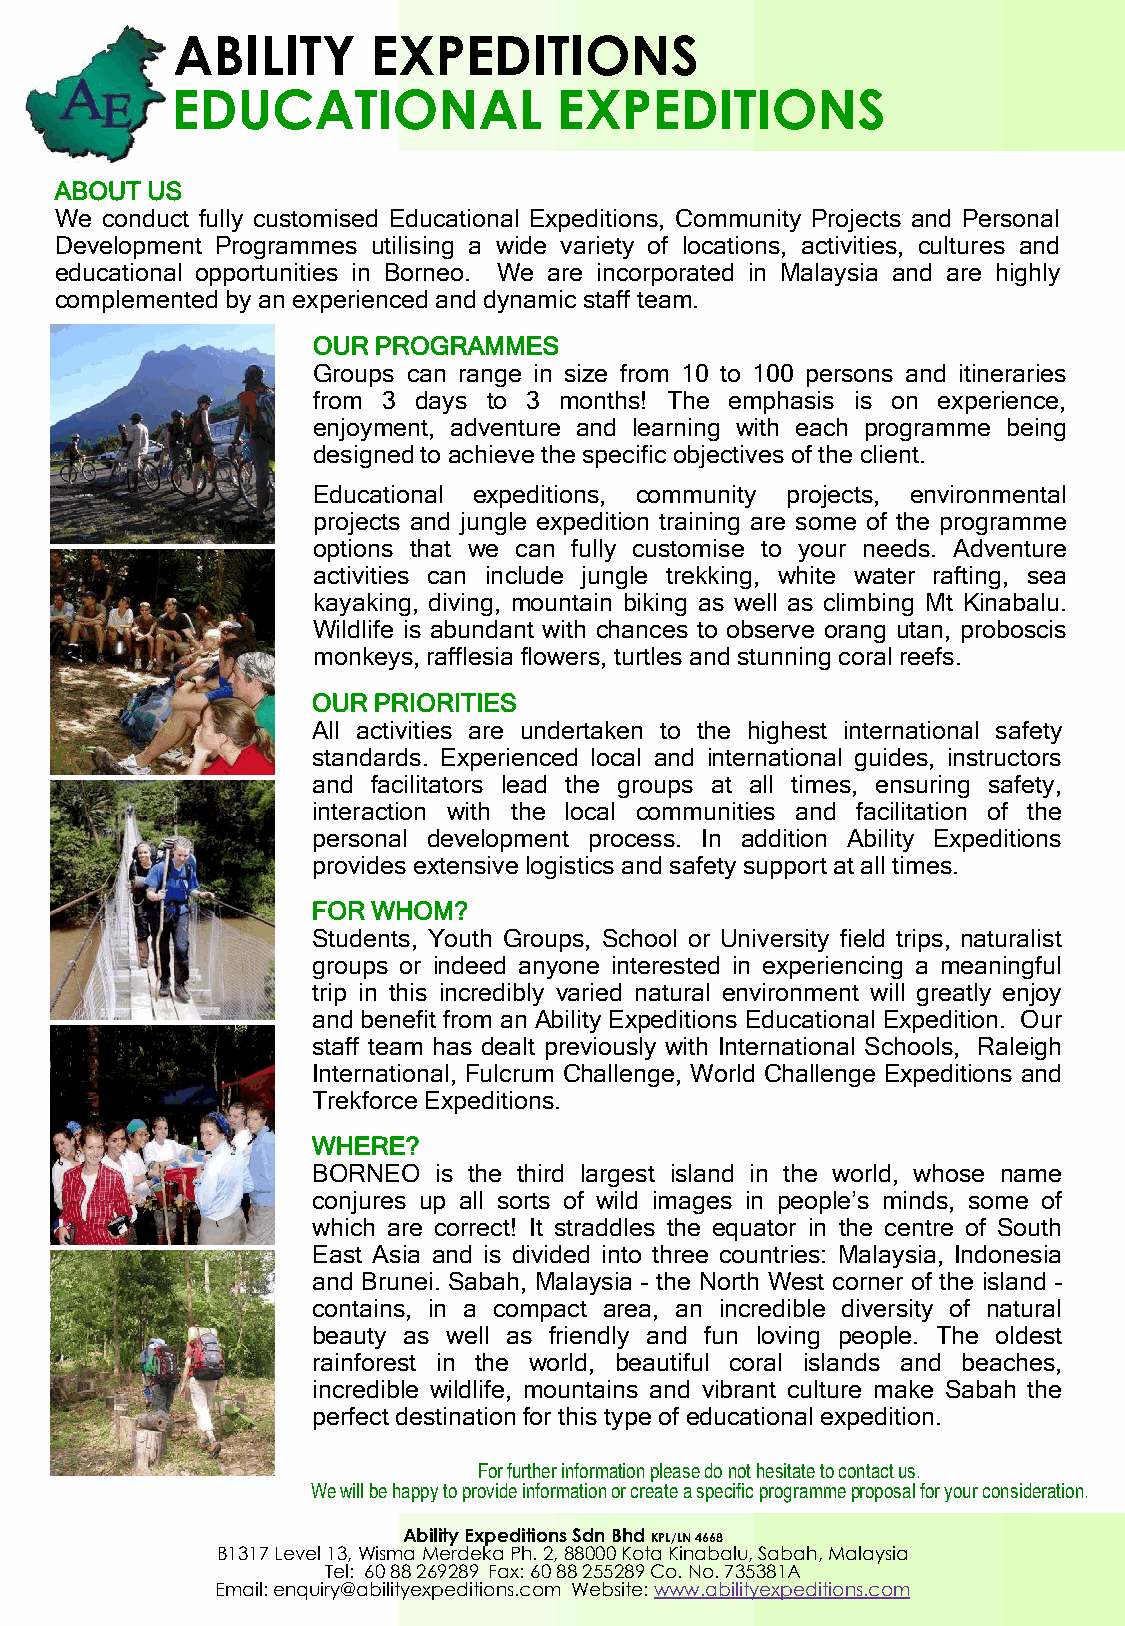
ABILITY       EXPEDITIONS
 EDUCATIONAL               EXPEDITIONS
 ABOUT US
 We conduct fully customised Educational Expeditions, Community Projects and Personal
 Development Programmes utilising a wide variety of locations, activities, cultures and
 educational opportunities in Borneo. We are incorporated in Malaysia and are highly
 complemented by an experienced and dynamic staff team.
 OUR PROGRAMMES
 Groups can range in size from 10 to 100 persons and itineraries
 from 3 days to 3 months! The emphasis is on experience,
 enjoyment, adventure and learning with each programme being
 designed to achieve the specific objectives of the client.
 Educational expeditions, community projects, environmental
 projects and jungle expedition training are some of the programme
 options that we can fully customise to your needs. Adventure
 activities can include jungle trekking, white water rafting, sea
 kayaking, diving, mountain biking as well as climbing Mt Kinabalu.
 Wildlife is abundant with chances to observe orang utan, proboscis
 monkeys, rafflesia flowers, turtles and stunning coral reefs.
 OUR PRIORITIES
 All activities are undertaken to the highest international safety
 standards. Experienced local and international guides, instructors
 and facilitators lead the groups at all times, ensuring safety,
 interaction with the local communities and facilitation of the
 personal development process. In addition Ability Expeditions
 provides extensive logistics and safety support at all times.
 FOR WHOM?
 Students, Youth Groups, School or University field trips, naturalist
 groups or indeed anyone interested in experiencing a meaningful
 trip in this incredibly varied natural environment will greatly enjoy
 and benefit from an Ability Expeditions Educational Expedition. Our
 staff team has dealt previously with International Schools, Raleigh
 International, Fulcrum Challenge, World Challenge Expeditions and
 Trekforce Expeditions.
 WHERE?
 BORNEO  is the third largest island in the world, whose name
 conjures up all sorts of wild images in people’s minds, some of
 which are correct! It straddles the equator in the centre of South
 East Asia and is divided into three countries: Malaysia, Indonesia
 and Brunei. Sabah, Malaysia – the North West corner of the island –
 contains, in a compact area, an incredible diversity of natural
 beauty as well as friendly and fun loving people. The oldest
 rainforest in the world, beautiful coral islands and beaches,
 incredible wildlife, mountains and vibrant culture make Sabah the
 perfect destination for this type of educational expedition.
 For further information please do not hesitate to contact us.
 We will be happy to provide information or create a specific programme proposal for your consideration.
 Ability Expeditions Sdn Bhd KPL/LN 4668
 B1317 Level 13, Wisma Merdeka Ph. 2, 88000 Kota Kinabalu, Sabah, Malaysia
 Tel: 60 88 269289 Fax: 60 88 255289 Co. No. 735381A
 Email: enquiry@abilityexpeditions.com Website: www.abilityexpeditions.com